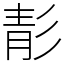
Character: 𩇕